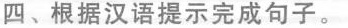
四、根据汉语提示完成句子。